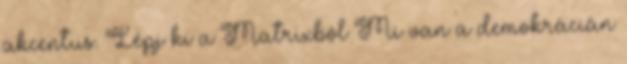
akcentus. Lépj ki a Matrixból Mi van a demokrácián